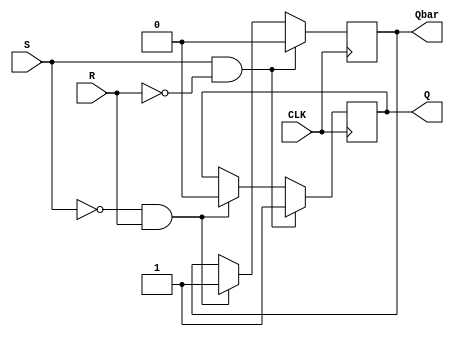
module basic_SR_flipflop (
    input S, // Set input
    input R, // Reset input
    input CLK, // Clock input
    output reg Q, // Q output
    output reg Qbar // Q' output
);

always @(posedge CLK) begin
    if (S & ~R) begin // When S = 1 and R = 0
        Q <= 1;
        Qbar <= 0;
    end else if (~S & R) begin // When S = 0 and R = 1
        Q <= 0;
        Qbar <= 1;
    end else if (~S & ~R) begin // When S = 0 and R = 0
        // Hold previous state
    end else begin // When S = 1 and R = 1
        $display("Undefined behavior, avoid setting S and R both to 1");
    end
end

endmodule